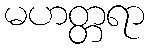
မဟတ္တရာ